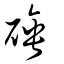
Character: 硾